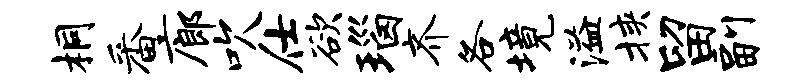
桐番廊吹仕欲瑙齐各境溢挟留副